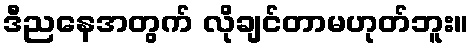
ဒီညနေအတွက် လိုချင်တာမဟုတ်ဘူး။